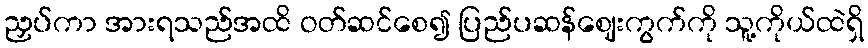
ညှပ်ကာ အားရသည်အထိ ဝတ်ဆင်စေ၍ ပြည်ပဆန်ဈေးကွက်ကို သူ့ကိုယ်ထဲရှိ